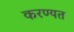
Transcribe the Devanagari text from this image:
करण्यत